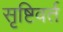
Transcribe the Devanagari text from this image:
सृष्टिवर्त